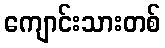
ကျောင်းသားတစ်